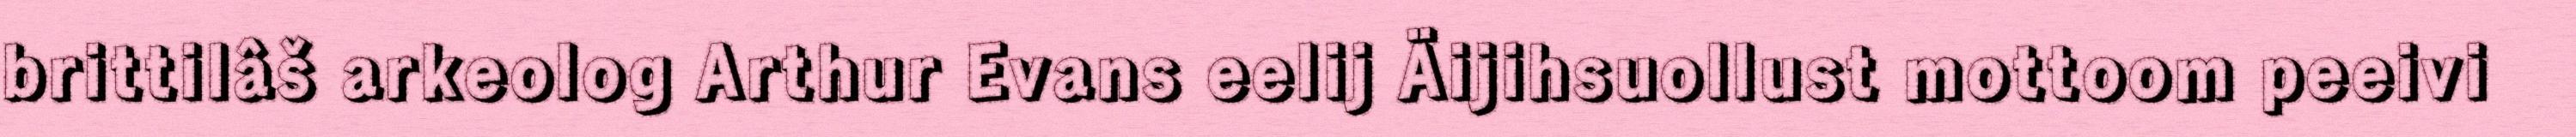
brittilâš arkeolog Arthur Evans eelij Äijihsuollust mottoom peeivi